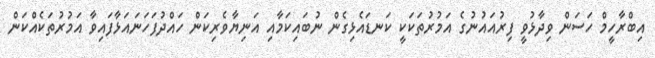
އިބްރާހީމް ހަސަން ވިދާޅުވީ ފިރުއައުނުގެ އަމުރުތަކަކީ ކަނޑައެޅިގެން ނުބައިކަމާއި އަނިޔާވެރިކަން ހައްދުފަހަނައަޅާފައިވާ އަމުރުތަކެއްކަން